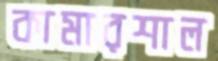
কামারশাল